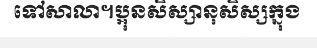
ទៅសាលា។ប្អុនសិស្សានុសិស្សក្នុង